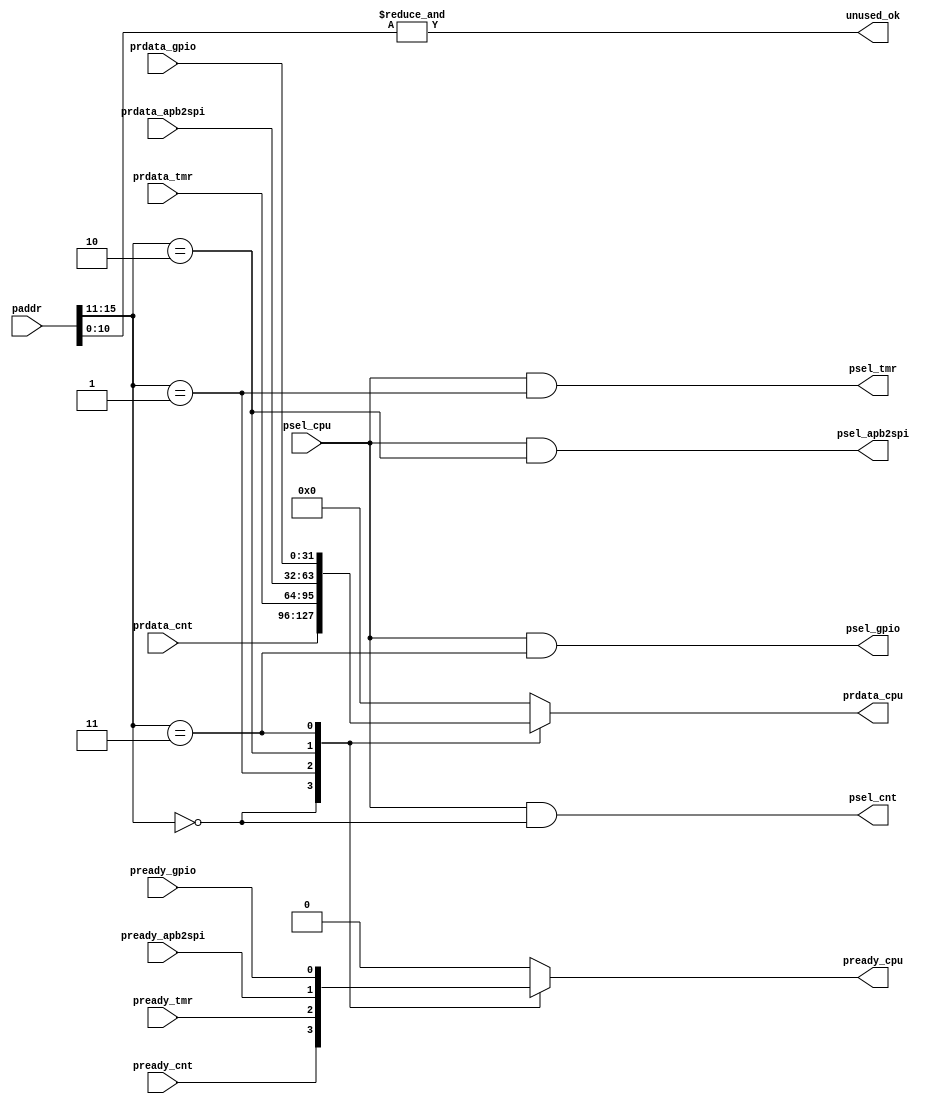
module apb_decoder #
(
  parameter               APB_ADDR_W  = 16    // AMBA APB Address width
)
(
  //----------------------------------------------------------------------------------------------------------------------
  // Inputs
  //----------------------------------------------------------------------------------------------------------------------
  input  [APB_ADDR_W-1:0] paddr,              // AMBA APB Address
  input                   psel_cpu,           // AMBA APB Select signal (CPU)
  input  [31:0]           prdata_cnt,         // AMBA APB Read Data (CNTs)
  input  [31:0]           prdata_tmr,         // AMBA APB Read Data (TMRs)
  input  [31:0]           prdata_gpio,        // AMBA APB Read Data (GPIOs)
  input  [31:0]           prdata_apb2spi,     // AMBA APB Read Data (APB2SPI)
  input                   pready_cnt,         // AMBA APB Ready signal (CNTs)
  input                   pready_tmr,         // AMBA APB Ready signal (TMRs)
  input                   pready_gpio,        // AMBA APB Ready signal (GPIOs)
  input                   pready_apb2spi,     // AMBA APB Ready signal (APB2SPI)

  //----------------------------------------------------------------------------------------------------------------------
  // Outputs
  //----------------------------------------------------------------------------------------------------------------------
  output                  unused_ok,          // Unused signals
  output                  psel_cnt,           // AMBA APB Select signal (CNTs)
  output                  psel_tmr,           // AMBA APB Select signal (TMRs)
  output                  psel_gpio,          // AMBA APB Select signal (GPIOs)
  output                  psel_apb2spi,       // AMBA APB Select signal (APB2SPI)
  output  [31:0]          prdata_cpu,         // AMBA APB Read Data (CPU)
  output                  pready_cpu          // AMBA APB Ready (CPU)
);
  //----------------------------------------------------------------------------------------------------------------------
  // Internal signals
  //----------------------------------------------------------------------------------------------------------------------
  reg     [31:0]          prdata_cpu_mux;
  reg                     pready_cpu_mux;

  //----------------------------------------------------------------------------------------------------------------------
  // Local parameters
  //----------------------------------------------------------------------------------------------------------------------
  localparam APB_ADDR_B  = 11;                // Number of the first paddr bit that can be used for selecitng particular APB-Slave devices
  
  //----------------------------------------------------------------------------------------------------------------------
  // APB Slaves' base addresses
  //----------------------------------------------------------------------------------------------------------------------
  localparam CNT_BASE_A     = 16'h0000;       // CNT module base address
  localparam TMR_BASE_A     = 16'h0800;       // TMR module base address
  localparam APB2SPI_BASE_A = 16'h1000;       // APB2SPI module base address
  localparam GPIO_BASE_A    = 16'h1800;       // GPIO module base address

  //----------------------------------------------------------------------------------------------------------------------
  // APB Select signal decoders
  //----------------------------------------------------------------------------------------------------------------------
  assign psel_cnt     = psel_cpu & (paddr[APB_ADDR_W-1:APB_ADDR_B] == CNT_BASE_A[APB_ADDR_W-1:APB_ADDR_B]);
  assign psel_tmr     = psel_cpu & (paddr[APB_ADDR_W-1:APB_ADDR_B] == TMR_BASE_A[APB_ADDR_W-1:APB_ADDR_B]);
  assign psel_apb2spi = psel_cpu & (paddr[APB_ADDR_W-1:APB_ADDR_B] == APB2SPI_BASE_A[APB_ADDR_W-1:APB_ADDR_B]);
  assign psel_gpio    = psel_cpu & (paddr[APB_ADDR_W-1:APB_ADDR_B] == GPIO_BASE_A[APB_ADDR_W-1:APB_ADDR_B]);
  
  //----------------------------------------------------------------------------------------------------------------------
  // APB Read Data decoder
  //----------------------------------------------------------------------------------------------------------------------
  always @(*)
  begin
    case (paddr[APB_ADDR_W-1:APB_ADDR_B])
      CNT_BASE_A[APB_ADDR_W-1:APB_ADDR_B]:
        prdata_cpu_mux = prdata_cnt;
      TMR_BASE_A[APB_ADDR_W-1:APB_ADDR_B]:
        prdata_cpu_mux = prdata_tmr;
      APB2SPI_BASE_A[APB_ADDR_W-1:APB_ADDR_B]:
        prdata_cpu_mux = prdata_apb2spi;
      GPIO_BASE_A[APB_ADDR_W-1:APB_ADDR_B]:
        prdata_cpu_mux = prdata_gpio;
      default:
        prdata_cpu_mux = 32'd0;
    endcase
  end
  
  assign prdata_cpu = prdata_cpu_mux;
  
  //----------------------------------------------------------------------------------------------------------------------
  // APB Ready decoder
  //----------------------------------------------------------------------------------------------------------------------
  always @(*)
  begin
    case (paddr[APB_ADDR_W-1:APB_ADDR_B])
      CNT_BASE_A[APB_ADDR_W-1:APB_ADDR_B]:
        pready_cpu_mux = pready_cnt;
      TMR_BASE_A[APB_ADDR_W-1:APB_ADDR_B]:
        pready_cpu_mux = pready_tmr;
      APB2SPI_BASE_A[APB_ADDR_W-1:APB_ADDR_B]:
        pready_cpu_mux = pready_apb2spi;
      GPIO_BASE_A[APB_ADDR_W-1:APB_ADDR_B]:
        pready_cpu_mux = pready_gpio;
      default:
        pready_cpu_mux = 1'd0;
    endcase
  end
  
  assign pready_cpu = pready_cpu_mux;
  
  //----------------------------------------------------------------------------------------------------------------------
  // Unused signals
  //----------------------------------------------------------------------------------------------------------------------
  assign unused_ok = &paddr[APB_ADDR_B-1:0];

endmodule